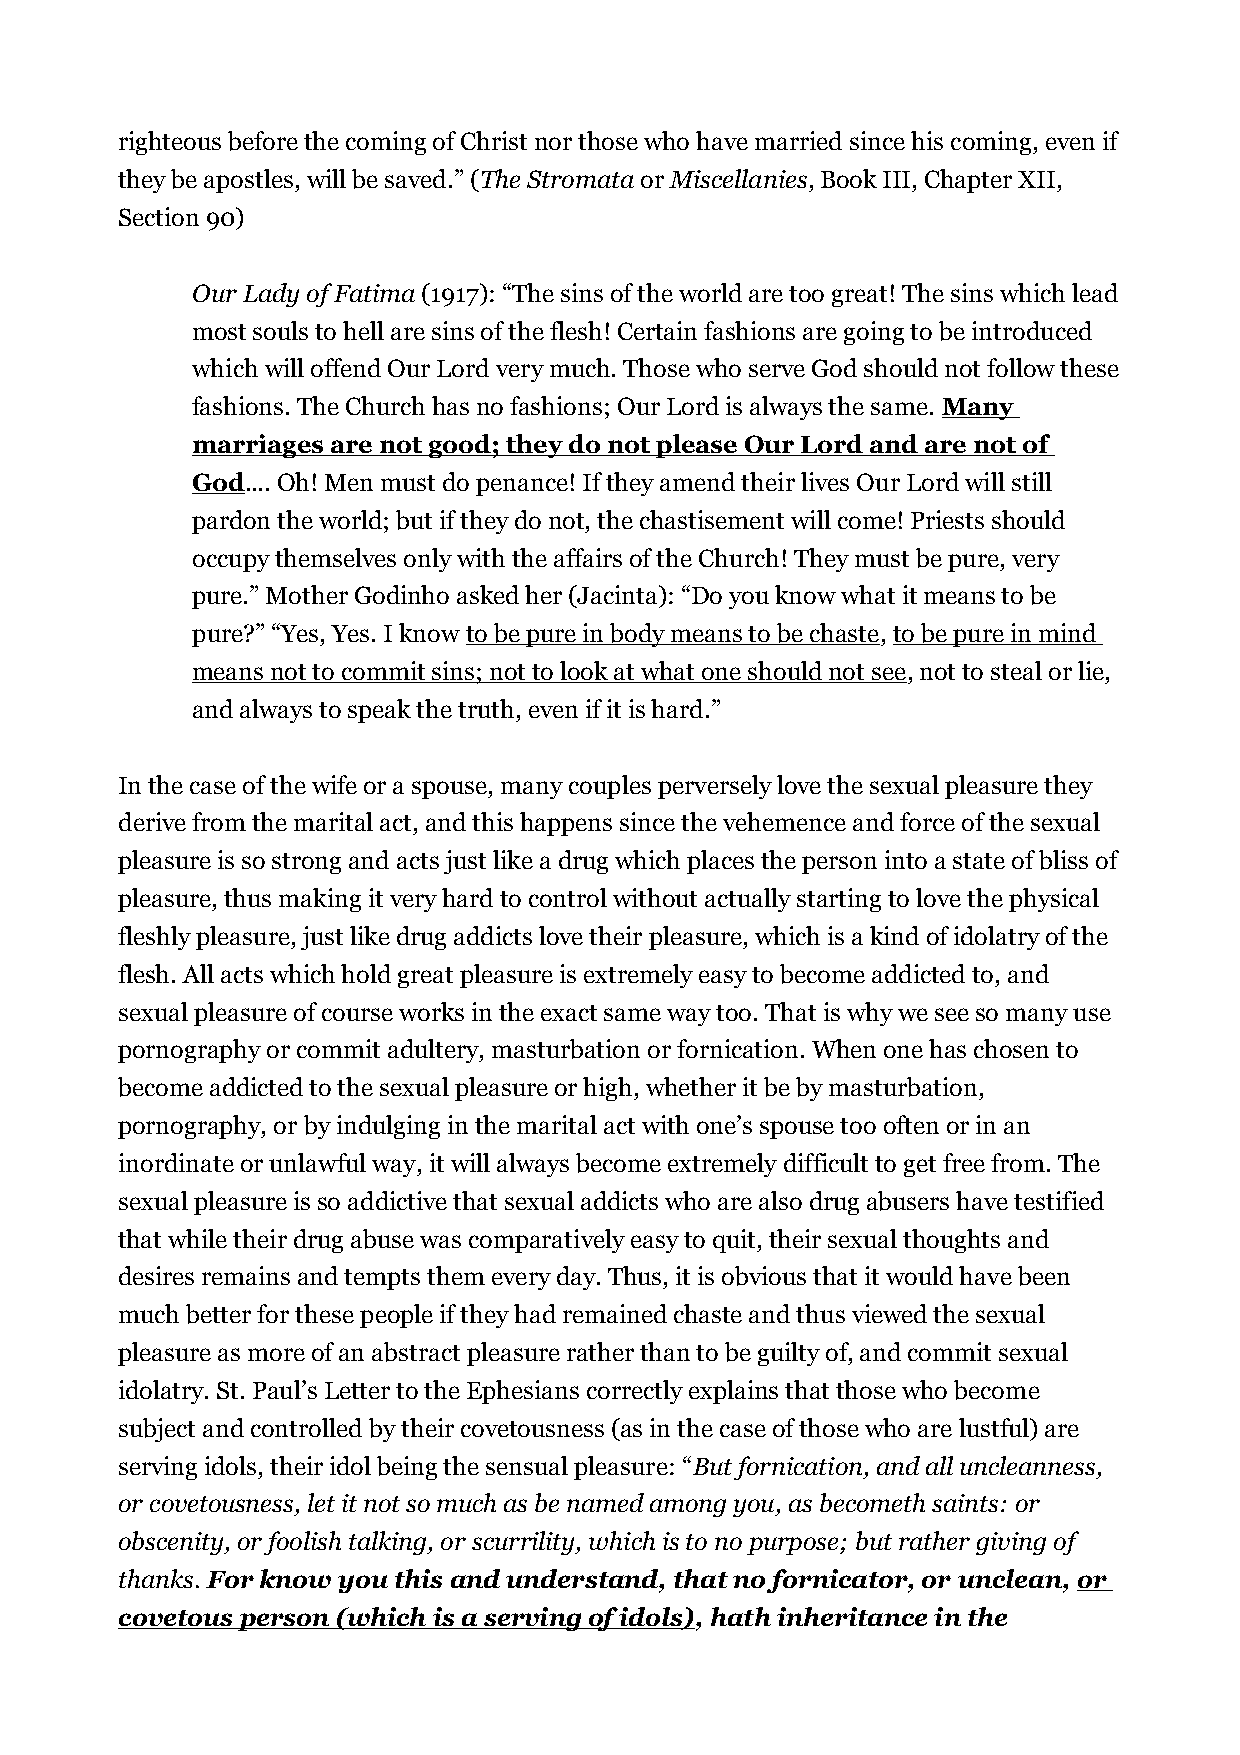
righteous before the coming of Christ nor those who have married since his coming, even if
 they be apostles, will be saved.” (The Stromata or Miscellanies, Book III, Chapter XII,
 Section 90)
 Our Lady of Fatima (1917): “The sins of the world are too great! The sins which lead
 most souls to hell are sins of the flesh! Certain fashions are going to be introduced
 which will offend Our Lord very much. Those who serve God should not follow these
 fashions. The Church has no fashions; Our Lord is always the same. Many
 marriages are not good; they do not please Our Lord and are not of
 God.... Oh! Men must do penance! If they amend their lives Our Lord will still
 pardon the world; but if they do not, the chastisement will come! Priests should
 occupy themselves only with the affairs of the Church! They must be pure, very
 pure.” Mother Godinho asked her (Jacinta): “Do you know what it means to be
 pure?” “Yes, Yes. I know to be pure in body means to be chaste, to be pure in mind
 means not to commit sins; not to look at what one should not see, not to steal or lie,
 and always to speak the truth, even if it is hard.”
 In the case of the wife or a spouse, many couples perversely love the sexual pleasure they
 derive from the marital act, and this happens since the vehemence and force of the sexual
 pleasure is so strong and acts just like a drug which places the person into a state of bliss of
 pleasure, thus making it very hard to control without actually starting to love the physical
 fleshly pleasure, just like drug addicts love their pleasure, which is a kind of idolatry of the
 flesh. All acts which hold great pleasure is extremely easy to become addicted to, and
 sexual pleasure of course works in the exact same way too. That is why we see so many use
 pornography or commit adultery, masturbation or fornication. When one has chosen to
 become addicted to the sexual pleasure or high, whether it be by masturbation,
 pornography, or by indulging in the marital act with one’s spouse too often or in an
 inordinate or unlawful way, it will always become extremely difficult to get free from. The
 sexual pleasure is so addictive that sexual addicts who are also drug abusers have testified
 that while their drug abuse was comparatively easy to quit, their sexual thoughts and
 desires remains and tempts them every day. Thus, it is obvious that it would have been
 much better for these people if they had remained chaste and thus viewed the sexual
 pleasure as more of an abstract pleasure rather than to be guilty of, and commit sexual
 idolatry. St. Paul’s Letter to the Ephesians correctly explains that those who become
 subject and controlled by their covetousness (as in the case of those who are lustful) are
 serving idols, their idol being the sensual pleasure: “But fornication, and all uncleanness,
 or covetousness, let it not so much as be named among you, as becometh saints: or
 obscenity, or foolish talking, or scurrility, which is to no purpose; but rather giving of
 thanks. For know you this and understand, that no fornicator, or unclean, or
 covetous person (which is a serving of idols), hath inheritance in the